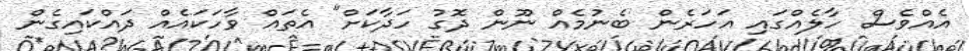
އެއްވެސް ހާލެއްގައި އަހަރެން ބެނުމެއް ނޫން ދޮގު ހަދާކަށް" އެތައް ވާހަކައެއް ދައްކައިގެން